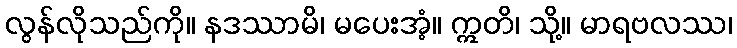
လွန်လိုသည်ကို။ နဒဿာမိ၊ မပေးအံ့။ ဣတိ၊ သို့။ မာရဗလဿ၊